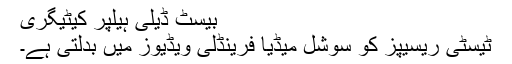
بیسٹ ڈیلی ہیلپر کیٹیگری
ٹیسٹی ریسیپز کو سوشل میڈیا فرینڈلی ویڈیوز میں بدلتی ہے۔